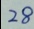
2 8